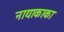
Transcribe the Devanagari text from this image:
नायाकाका